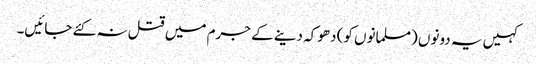
کہیں یہ دونوں (مسلمانوں کو) دھوکہ دینے کے جرم میں قتل نہ کئے جائیں۔